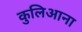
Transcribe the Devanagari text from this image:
कुलिआना